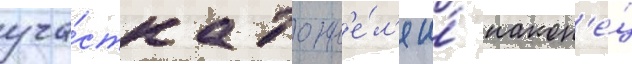
уча́стка тонн'е́л'я и́ након'е́ц